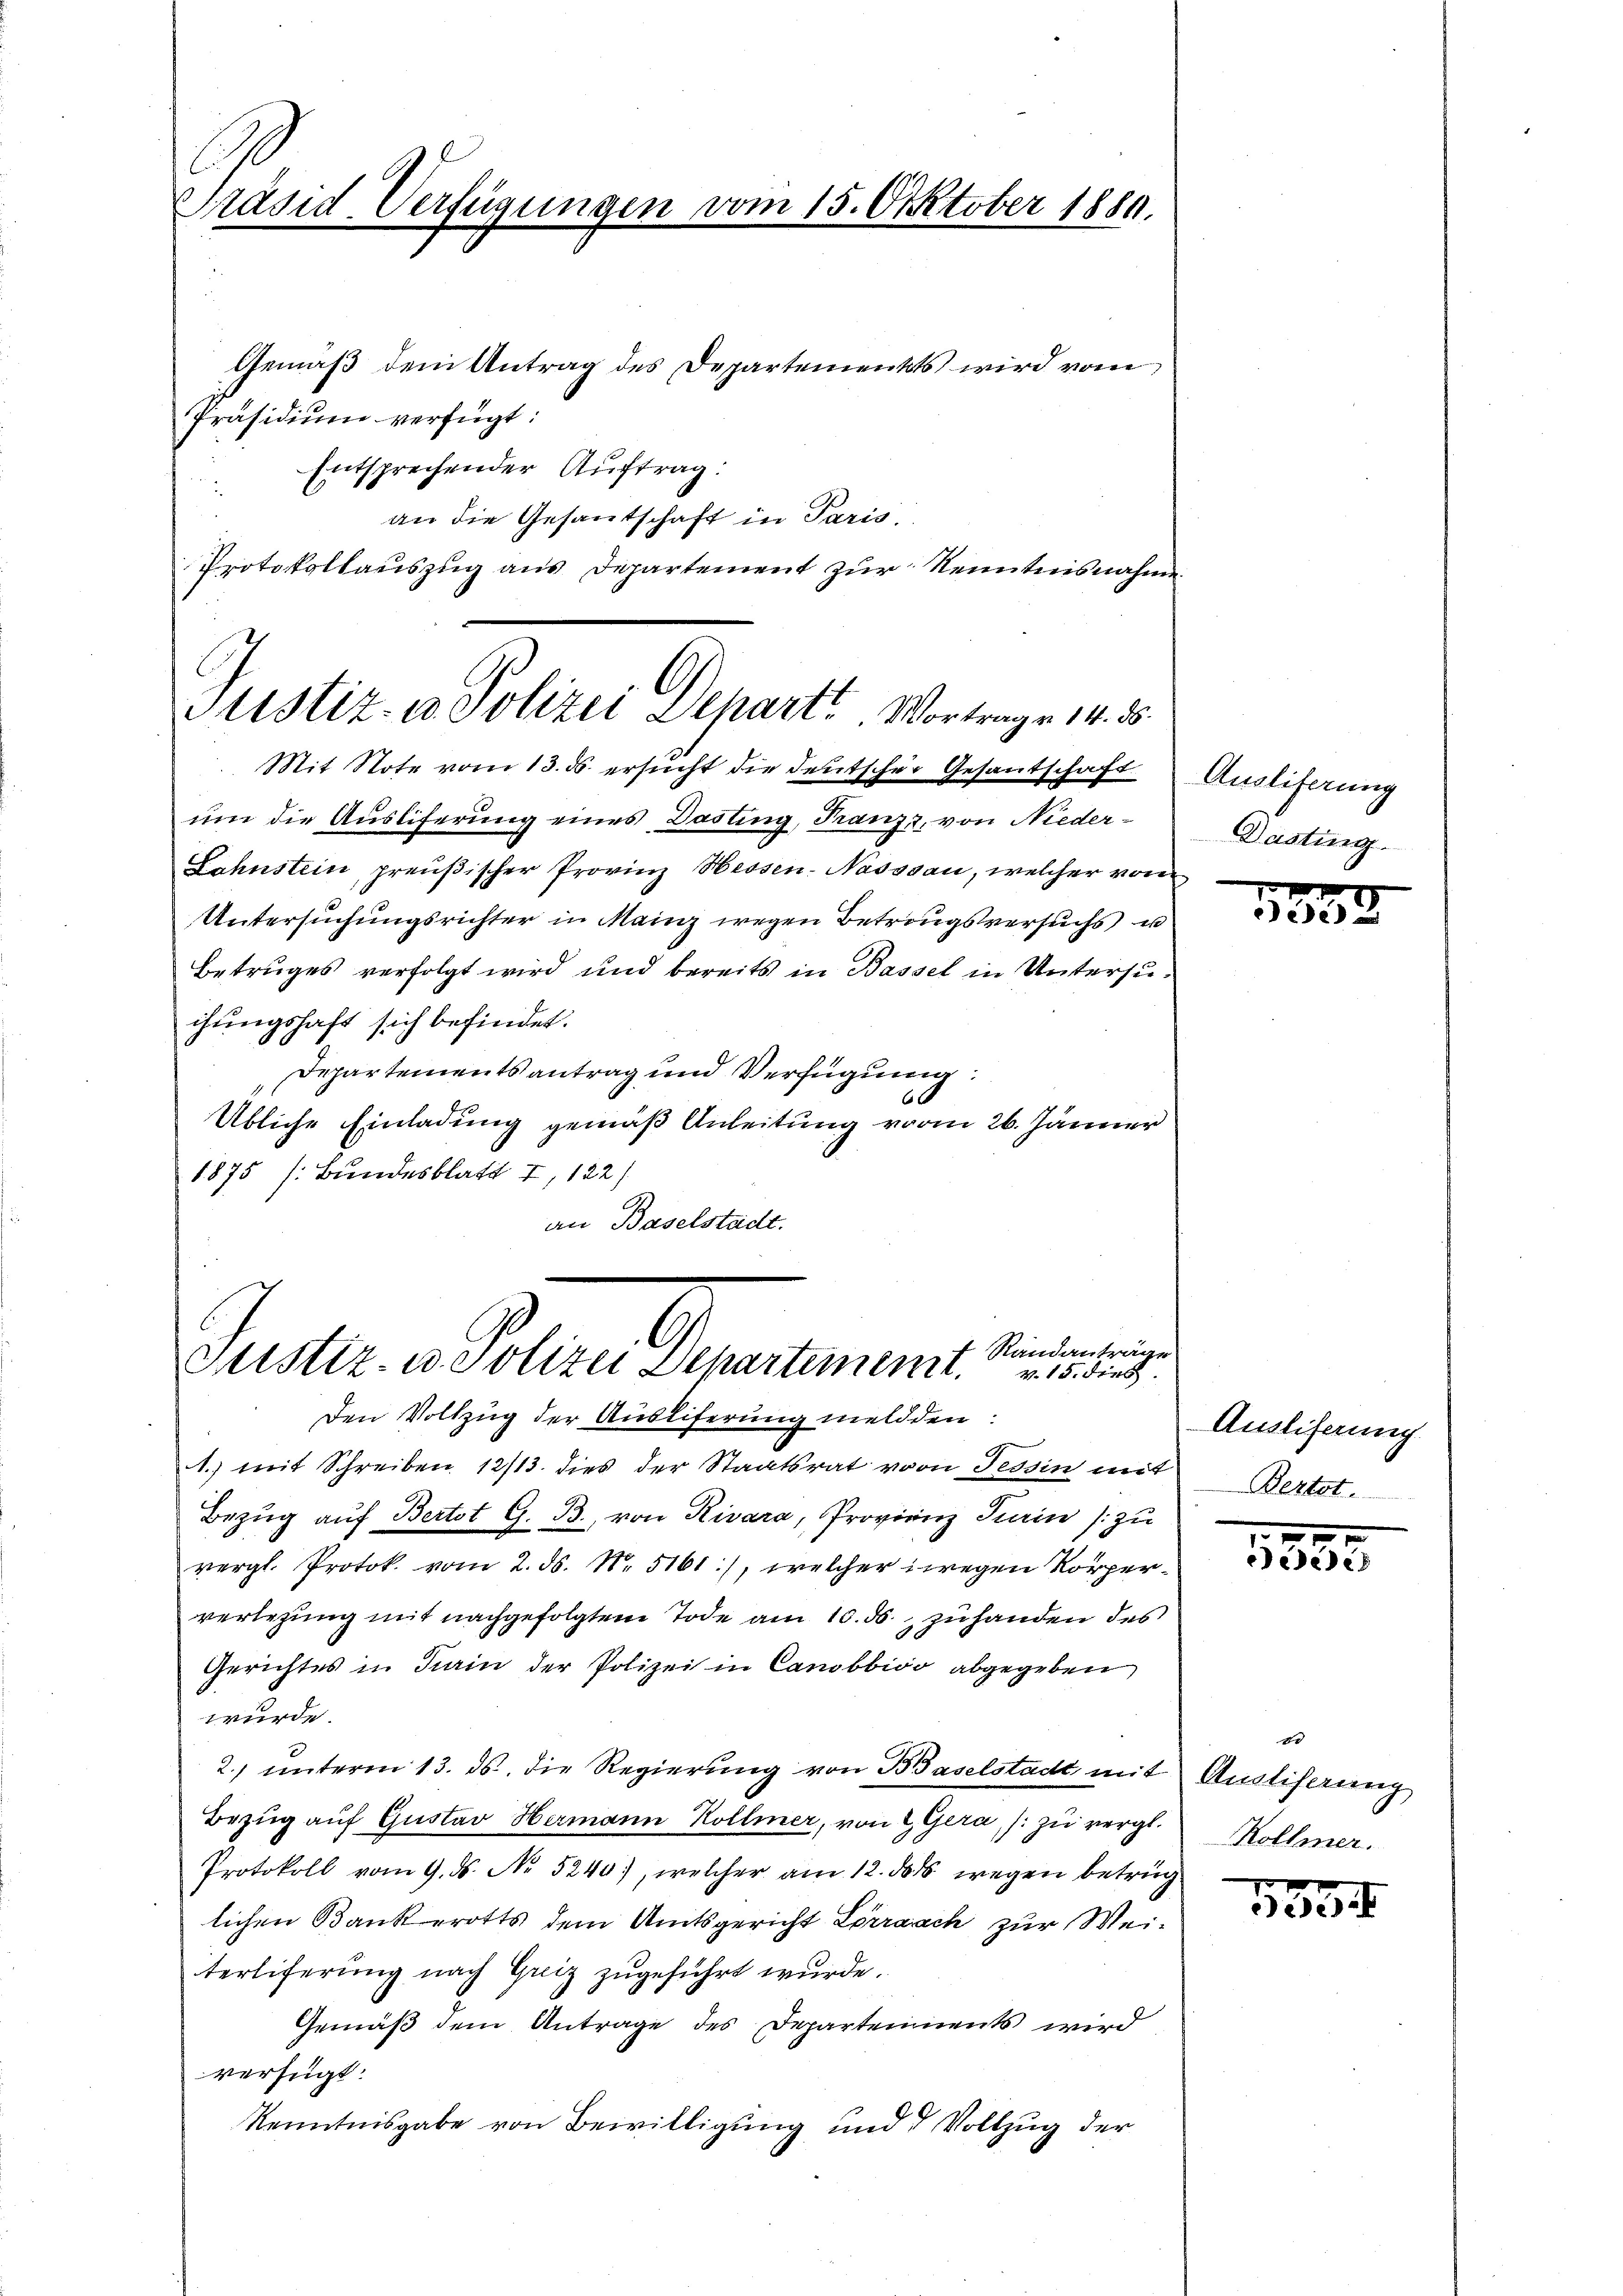
Präsid-Verfügungen vom 15. Oktober 1880.

Justiz- & Polizei Departe Vortrage 14. d.

Standanträge
Geistiz- u. Polizei Departement. 15. dies

Gemäß dem Antrag des Departements wird vom
Präsidium verfügt:
Entsprechender Auftrag:
i
an die Gesantschaft in Paris
Protokollauszug aus Departement zur Kenntnisnahme
Mit Note vom 13. ds ersucht die deutscher Gesantschaft
um die Auslieferung eines Dasting, Franz, von Nieder¬
Lahnstein, preußischer Provinz Hessen-Nasssau, welcher vom
Untersuchungsrichter in Mainz wegen Betrungsversuchs u.
Betruges verfolgt wird und bereits in Bassel in Untersuchungshaft sich befindet.
Departementsantrag und Verfügung:
60
Übliche Einladung gemäß Anleitung vom 26. Jänner
1875 (Bundesblatt I, 122)
an Baselstadt.

Den Vollzug der Ausliferung meldden:
1.) mit Schreiben 12/13. dies der Staatsrat vom Tessin mit
Bezug auf Bertot G. B., von Rivara, Provinz Karin (zu
vergl. Protok. vom 2. ds. No. 5161), welcher wegen Körperverlegung mit nachgefolgtem Tode am 10. ds. zu handen des
Gerichtes in Turin der Polizei in Canobbioo abgegeben
wurde.
2.) unterm 13. ds. die Regierung von Baselstadt mit
Bezug auf Gustav Hermann Kollmer, von 2 Gera, /: zu vergl.
Protokoll vom 9. ds. No 5240), welcher am 12. das wegen betrug
lichen Bankerotts dem Amtsgericht Lörraach zur Weiterliferung nach Greiz zugeführt wurde.
Gemäß dem Antrage des Departements wird
verfügt:
Kenntnisgabe von Bewilligung und d Vollzug der

Ausliferung
Dasting.

135

Auslieferung
Bertat

ecede

d
Aualiferung
Kollmer.

1934